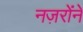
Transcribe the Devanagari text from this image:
नज़रोंने